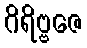
ဂိရိဗ္ဗဇေ